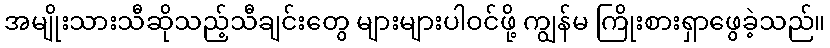
အမျိုးသားသီဆိုသည့်သီချင်းတွေ များများပါဝင်ဖို့ ကျွန်မ ကြိုးစားရှာဖွေခဲ့သည်။